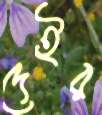
দেইর